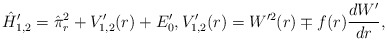
\begin{align*} \hat{H}'_{1,2} = \hat{\pi}_r^2 + V'_{1,2}(r) + E'_0, V'_{1,2}(r) = W^{\prime2}(r) \mp f(r) \frac{dW'}{dr}, \end{align*}